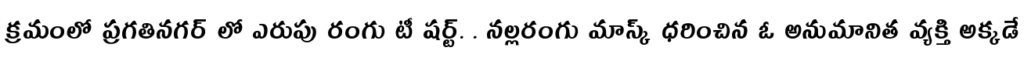
క్రమంలో ప్రగతినగర్ లో ఎరుపు రంగు టీ షర్ట్. . నల్లరంగు మాస్క్ ధరించిన ఓ అనుమానిత వ్యక్తి అక్కడే